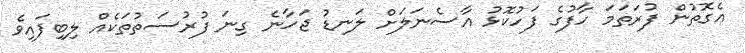
އެގޮތުން ފުރަތަމަ ހާފުގެ ފަހުކޮޅު އާސެނަލަށް ލަނޑު ޖަހާނެ ގިނަ ފުރުސަތުތަކެއް ލިބިފައިވެ